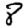
Digit: 8